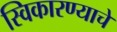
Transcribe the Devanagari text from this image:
स्विकारण्याचे